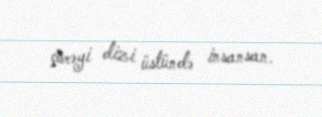
çörəyi dizi üstündə insansan.